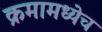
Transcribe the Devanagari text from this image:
क्रमामध्येच